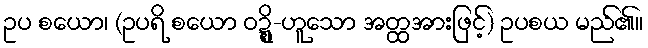
ဥပ စယော၊ (ဥပရိ စယော ဝဍ္ဍ္ဎိ-ဟူသော အတ္ထအားဖြင့်) ဥပစယ မည်၏။